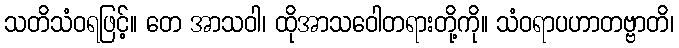
သတိသံဝရဖြင့်။ တေ အာသဝါ၊ ထိုအာသဝေါတရားတို့ကို။ သံဝရာပဟာတဗ္ဗာတိ၊